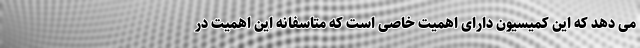
می دهد که این کمیسیون دارای اهمیت خاصی است که متاسفانه این اهمیت در